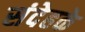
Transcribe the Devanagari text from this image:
संदेहके